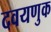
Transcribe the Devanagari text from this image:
दवयणुक